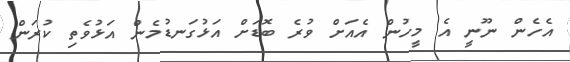
އެހެން ނޫނީ އެ މީހުން އެއަށް ވުރެ ބޮޑަށް އަޅުގަނޑުމެން އަޅުވެތި ކުރަން